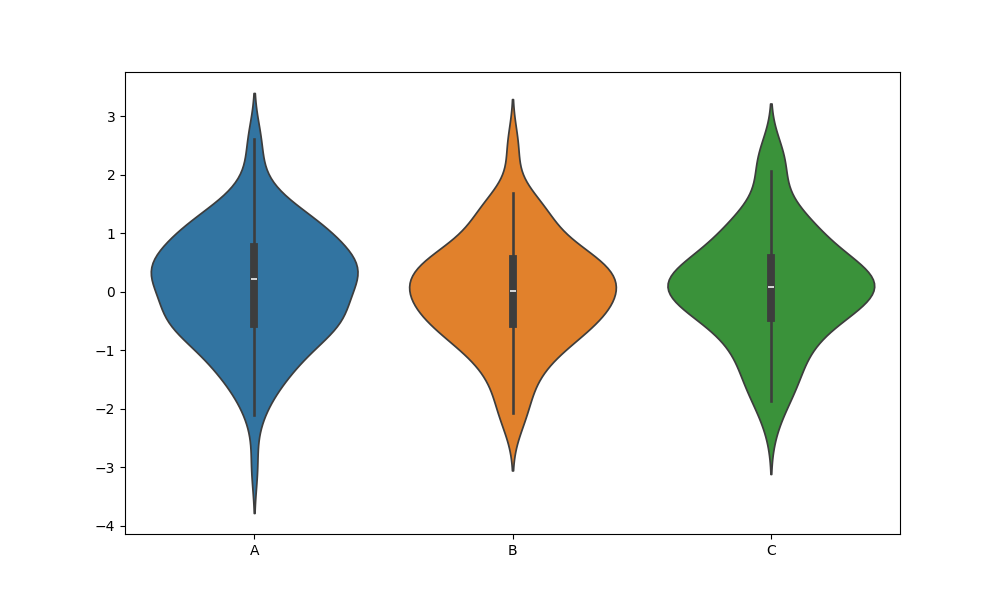
python, seaborn, violinplot, scale='area', split='False', inner='box', fill='True'